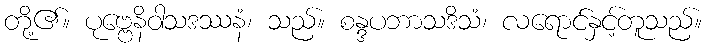
တို့၏။ ပုဗ္ဗေနိဝါသဒဿနံ၊ သည်။ စန္ဒပဘာသဒိသံ၊ လရောင်နှင့်တူသည်။